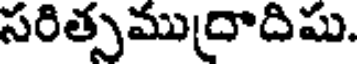
సరితృముదాదిషు.